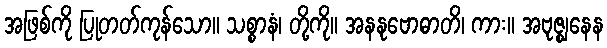
အဖြစ်ကို ပြုတတ်ကုန်သော။ သစ္စာနံ၊ တို့ကို။ အနနုဗောဓာတိ၊ ကား။ အဗုဇ္ဈနေန